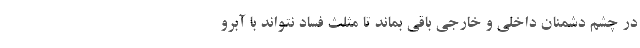
در چشم دشمنان داخلی و خارجی باقی بماند تا مثلث فساد نتواند با آبرو